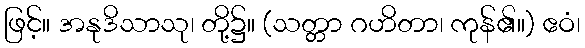
ဖြင့်။ အနုဒိသာသု၊ တို့၌။ (သတ္တာ ဂဟိတာ၊ ကုန်၏။) ဧဝံ၊